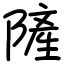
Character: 隡